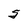
Character: S